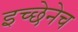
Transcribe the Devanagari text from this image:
इच्छेनेच